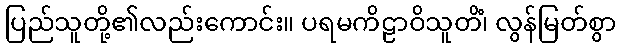
ပြည်သူတို့၏လည်းကောင်း။ ပရမကိဠာဝိသူတိံ၊ လွန်မြတ်စွာ